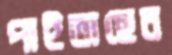
পাইতাছেন